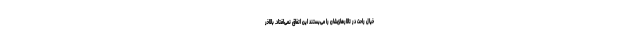
خیال راحت در تالارهای‌شان را می‌بستند این اتفاق نمی‌افتاد. بالاخر